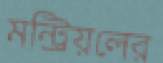
মন্ট্রিয়লের